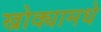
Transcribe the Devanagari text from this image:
खोक्यामधे